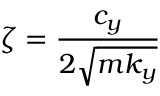
\zeta = \frac { c _ { y } } { 2 \sqrt { m k _ { y } } }